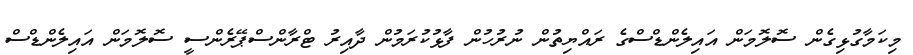
މިކަމާގުޅިގެން ސޮލޮމަން އައިލެންޑްސްގެ ރައްޔިތުން ނުރުހުން ފާޅުކުރަމުން ދާއިރު ޓްރާންސްޕޭރެންސީ ސޮލޮމަން އައިލެންޑްސް